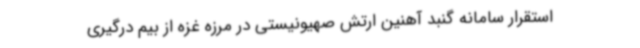
استقرار سامانه گنبد آهنین ارتش صهیونیستی در مرزه غزه از بیم درگیری